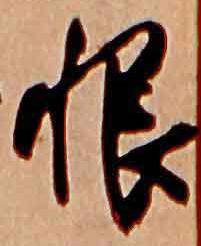
恨